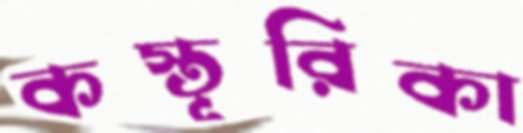
কস্তূরিকা